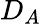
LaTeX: D_{A}